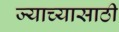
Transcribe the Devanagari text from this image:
ज्याच्यासाठी